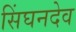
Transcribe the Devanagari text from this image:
सिंघनदेव